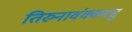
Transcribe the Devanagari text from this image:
तिरुनावंक्करसु